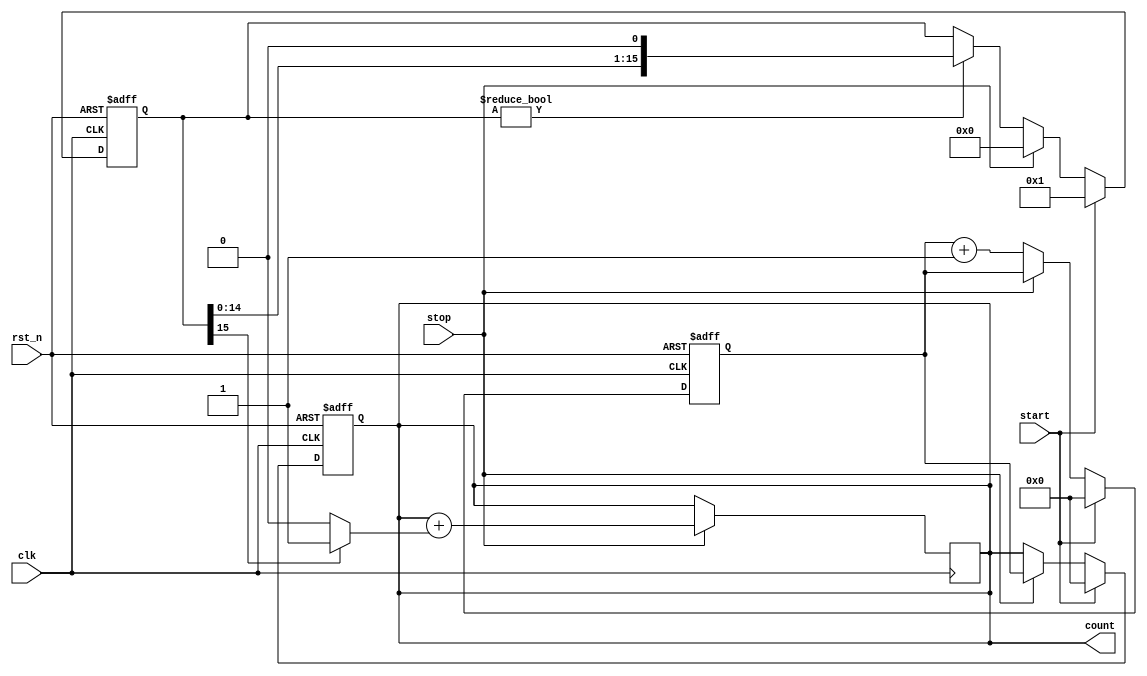
module TDC (
    input wire clk,            // System clock
    input wire rst_n,         // Active low reset
    input wire start,         // Start signal
    input wire stop,          // Stop signal
    output reg [N-1:0] count  // Output count representing time interval
);
    parameter N = 8;          // Number of bits for the counter
    parameter DELAY_STAGES = 16; // Number of delay stages in the delay line

    // Delay line implementation
    reg [DELAY_STAGES-1:0] delay_line;
    reg [N-1:0] counter;      // Counter to count clock cycles

    // Control logic
    always @(posedge clk or negedge rst_n) begin
        if (!rst_n) begin
            counter <= 0;
            count <= 0;
            delay_line <= 0;
        end else begin
            if (start) begin
                counter <= 0; // Reset counter on start
                count <= 0;   // Clear output count
                delay_line <= 1; // Initialize delay line
            end else if (stop) begin
                count <= counter; // Capture counter value on stop
                delay_line <= 0; // Clear delay line
            end else begin
                if (delay_line != 0) begin
                    delay_line <= {delay_line[DELAY_STAGES-2:0], 1'b0}; // Shift delay line
                end
                counter <= counter + 1; // Increment counter
            end
        end
    end

    // Sampling mechanism to capture the delay line state
    always @(posedge clk) begin
        if (stop) begin
            // Capture the number of delay stages traversed
            count <= count + (delay_line[DELAY_STAGES-1] ? 1 : 0);
        end
    end

endmodule